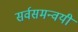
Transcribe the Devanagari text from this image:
सर्वसमन्‍वयी